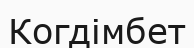
Когдімбет